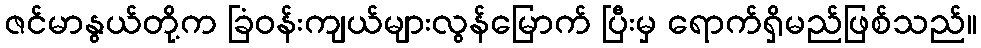
ဇင်မာနွယ်တို့က ခြံဝန်းကျယ်များလွန်မြောက် ပြီးမှ ရောက်ရှိမည်ဖြစ်သည်။